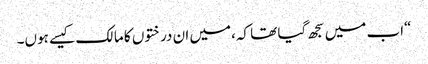
“اب میں سجھ گیا تھا کہ،میں ان درختوں کا مالک کیسے ہوں۔